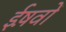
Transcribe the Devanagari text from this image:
ईष़वों